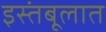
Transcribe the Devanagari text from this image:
इस्तंबूलात